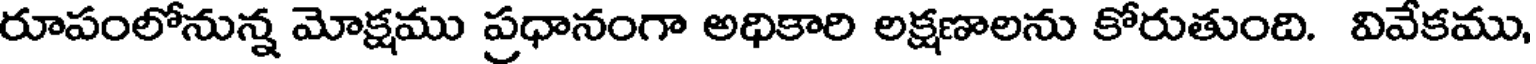
రూపంలోనున్న మోక్షము ప్రధానంగా అధికారి లక్షణాలను కోరుతుంది. వివేకము